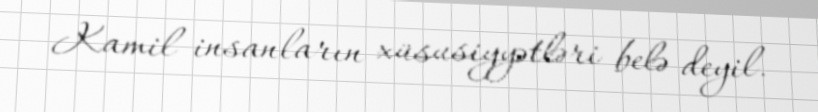
Kamil insanların xüsusiyyətləri belə deyil.